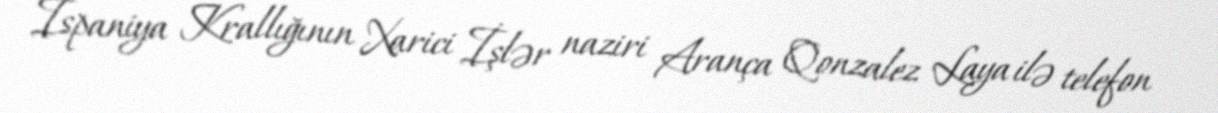
İspaniya Krallığının Xarici İşlər naziri Arança Qonzalez Laya ilə telefon